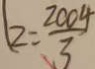
k = \frac { 2 0 0 4 } { 3 }